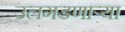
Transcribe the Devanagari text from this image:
उलगडणाऱ्या